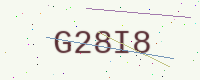
Text: G28I8